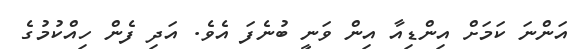
އަންނަ ކަމަށް އިންޑިއާ އިން ވަނީ ބުނެފަ އެވެ. އަދި ފެން ހިއްކުމުގެ